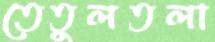
তেতুলতলা